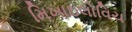
મિખાઇલોવિચ